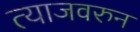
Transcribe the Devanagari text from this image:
त्याजवरुन